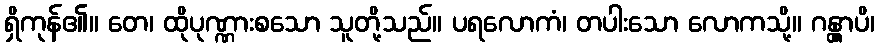
ရှိကုန်၏။ တေ၊ ထိုပုဏ္ဏားစသော သူတို့သည်။ ပရလောကံ၊ တပါးသော လောကသို့။ ဂန္တွာပိ၊